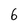
Character: 6